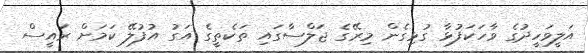
އަލީވަހީދުގެ ވާހަކަފުޅާ ގުޅިގެން މިރޭގެ ޖަލްސާގައި ތަކެތީގެ އަގު އުފުލޭ ކަމަށް ރައީސް